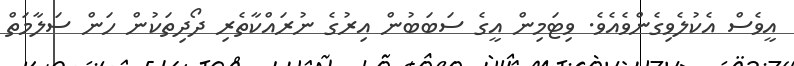
އީވެސް އެކުލެވިގެންވެއެވެ. ވިޓަމިން އީގެ ސަބަބުން އިރުގެ ނުރައްކާތެރި ދޯދިތަކުން ހަން ސަލާމަތް